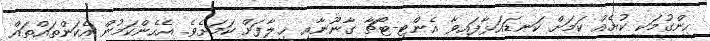
ހިންގުމަކީ ކުށެއް ކަމަށް ކަނޑައަޅާފައިވާ އެންޓި-ޓޯޗާ ގާނޫނާއި ޚިލާފަށް ކަމަށެވެ. އެހެންކަމުން އެކަންތައްތައް